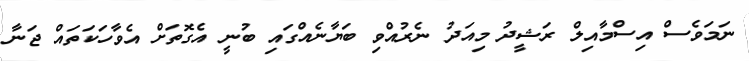
ނަމަވެސް އިސްމާއިލް ރަޝީދު މިއަދު ނެރުއްވި ބަޔާނެއްގައި ބުނީ އެގޮތަށް އެވާހަކަތައް ޖަނާ